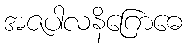
အဇပါလနိဂြောဓေ